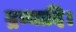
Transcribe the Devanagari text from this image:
द्रव्यादि।